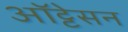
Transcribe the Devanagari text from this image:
ऑट्टेसन